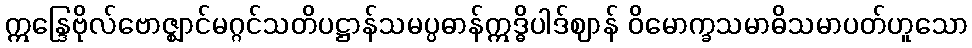
ဣန္ဒြေဗိုလ်ဗောဇ္ဈာင်မဂ္ဂင်သတိပဋ္ဌာန်သမပ္ပဓာန်ဣဒ္ဓိပါဒ်ဈာန် ဝိမောက္ခသမာဓိသမာပတ်ဟူသော